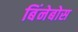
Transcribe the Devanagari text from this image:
बिंनेबोस